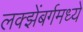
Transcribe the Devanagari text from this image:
लक्झेंबर्गमध्ये